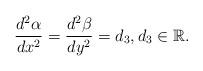
LaTeX: \begin{align*}\frac{d^{2}\alpha }{dx^{2}}=\frac{d^{2}\beta }{dy^{2}}=d_{3},d_{3}\in \mathbb{R}. \end{align*}